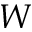
W